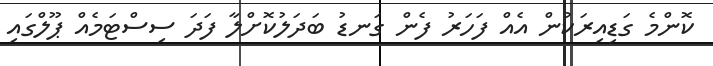
ކޮންމެ ގަޑިއިރަކުން އެއް ފަހަރު ފެން ގަނޑު ބަދަލުކޮށްލާ ފަދަ ސިސްޓަމެއް ޕޫލްގައި